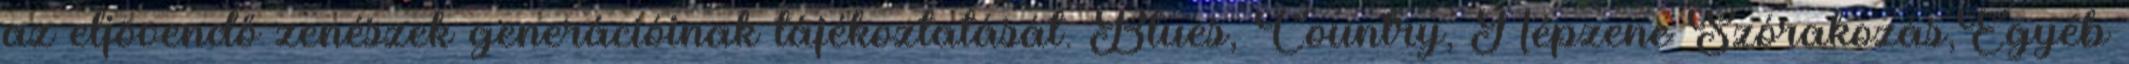
az eljövendő zenészek generációinak tájékoztatását. Blues, Country, Népzene Szórakozás,Egyéb